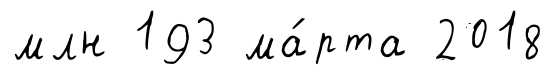
млн 193 ма́рта 2018